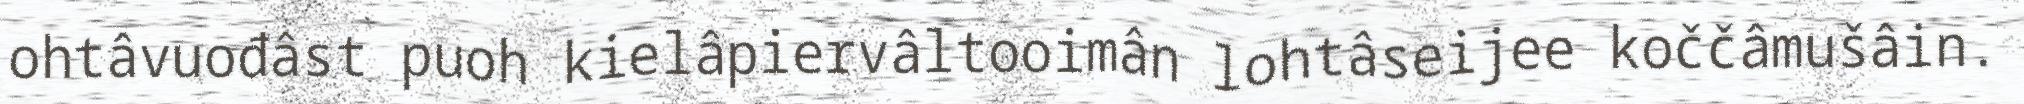
ohtâvuođâst puoh kielâpiervâltooimân lohtâseijee koččâmušâin.